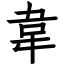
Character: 韋